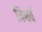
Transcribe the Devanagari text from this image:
विधर्व